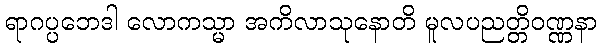
ရာဂပ္ပဘေဒါ လောကသ္မာ အကိလာသုနောတိ မူလပညတ္တိဝဏ္ဏနာ